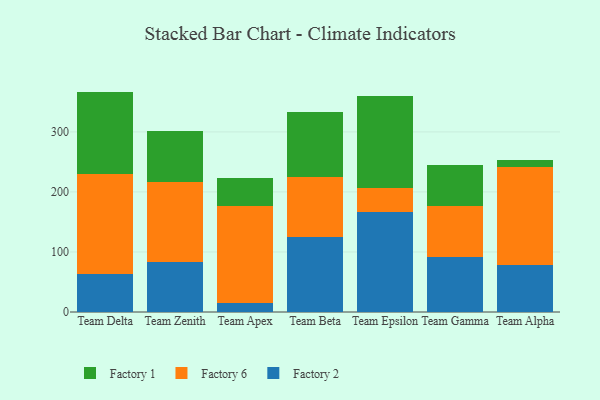
{"axis": {"x": "Team", "y": "Backlog"}, "legend": ["Factory 1", "Factory 2", "Factory 6"], "data": [{"x": "Team Delta", "y": 63.5, "type": "Factory 2"}, {"x": "Team Delta", "y": 167.1, "type": "Factory 6"}, {"x": "Team Delta", "y": 136.5, "type": "Factory 1"}, {"x": "Team Zenith", "y": 83.5, "type": "Factory 2"}, {"x": "Team Zenith", "y": 133.5, "type": "Factory 6"}, {"x": "Team Zenith", "y": 83.9, "type": "Factory 1"}, {"x": "Team Apex", "y": 14.2, "type": "Factory 2"}, {"x": "Team Apex", "y": 162.8, "type": "Factory 6"}, {"x": "Team Apex", "y": 46.0, "type": "Factory 1"}, {"x": "Team Beta", "y": 124.5, "type": "Factory 2"}, {"x": "Team Beta", "y": 100.1, "type": "Factory 6"}, {"x": "Team Beta", "y": 108.2, "type": "Factory 1"}, {"x": "Team Epsilon", "y": 167.1, "type": "Factory 2"}, {"x": "Team Epsilon", "y": 39.5, "type": "Factory 6"}, {"x": "Team Epsilon", "y": 153.0, "type": "Factory 1"}, {"x": "Team Gamma", "y": 91.3, "type": "Factory 2"}, {"x": "Team Gamma", "y": 84.6, "type": "Factory 6"}, {"x": "Team Gamma", "y": 68.2, "type": "Factory 1"}, {"x": "Team Alpha", "y": 78.3, "type": "Factory 2"}, {"x": "Team Alpha", "y": 163.3, "type": "Factory 6"}, {"x": "Team Alpha", "y": 11.6, "type": "Factory 1"}]}